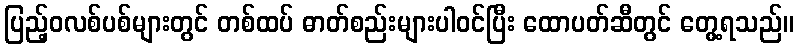
ပြည့်ဝလစ်ပစ်များတွင် တစ်ထပ် ဓာတ်စည်းများပါဝင်ပြီး ထောပတ်ဆီတွင် တွေ့ရသည်။